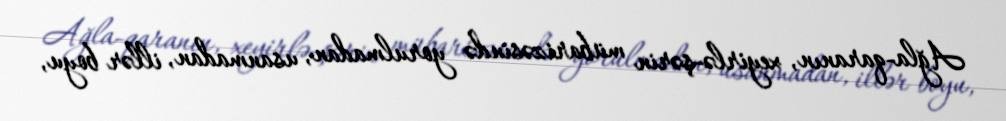
Ağla-qaranın, xeyirlə-şərin mübarizəsində yorulmadan, usanmadan, illər boyu,